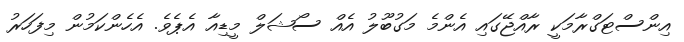
އިންސްޓަގްރާމަކީ ރާއްޖޭގައި އެންމެ މަގުބޫލު އެއް ސޯޝަލް މީޑިއާ އެޕެވެ. އެހެންކަމުން މިފަހަރު